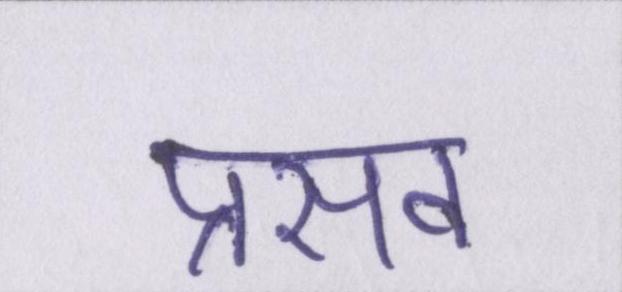
प्रसव